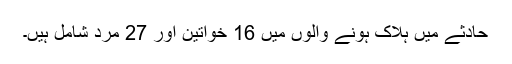
حادثے میں ہلاک ہونے والوں میں 16 خواتین اور 27 مرد شامل ہیں۔